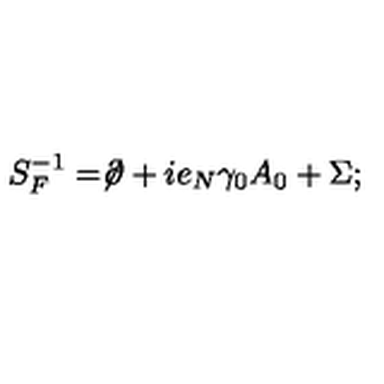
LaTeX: S _ { F } ^ { - 1 } = \not \! \partial + i e _ { N } \gamma _ { 0 } A _ { 0 } + \Sigma ;